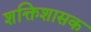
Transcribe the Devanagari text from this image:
शक्तिशासक